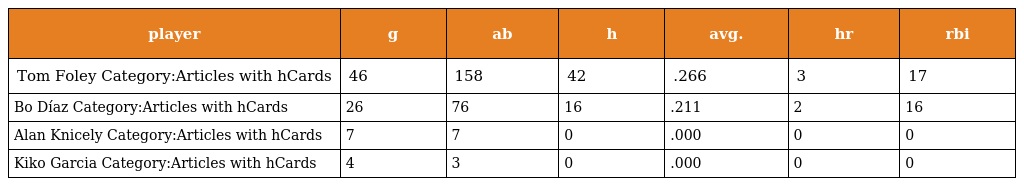
| player | g | ab | h | avg. | hr | rbi |
 | --- | --- | --- | --- | --- | --- | --- |
 | Tom Foley Category:Articles with hCards | 46 | 158 | 42 | .266 | 3 | 17 |
 | Bo Díaz Category:Articles with hCards | 26 | 76 | 16 | .211 | 2 | 16 |
 | Alan Knicely Category:Articles with hCards | 7 | 7 | 0 | .000 | 0 | 0 |
 | Kiko Garcia Category:Articles with hCards | 4 | 3 | 0 | .000 | 0 | 0 |